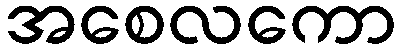
အစေလကော